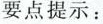
要点提示：